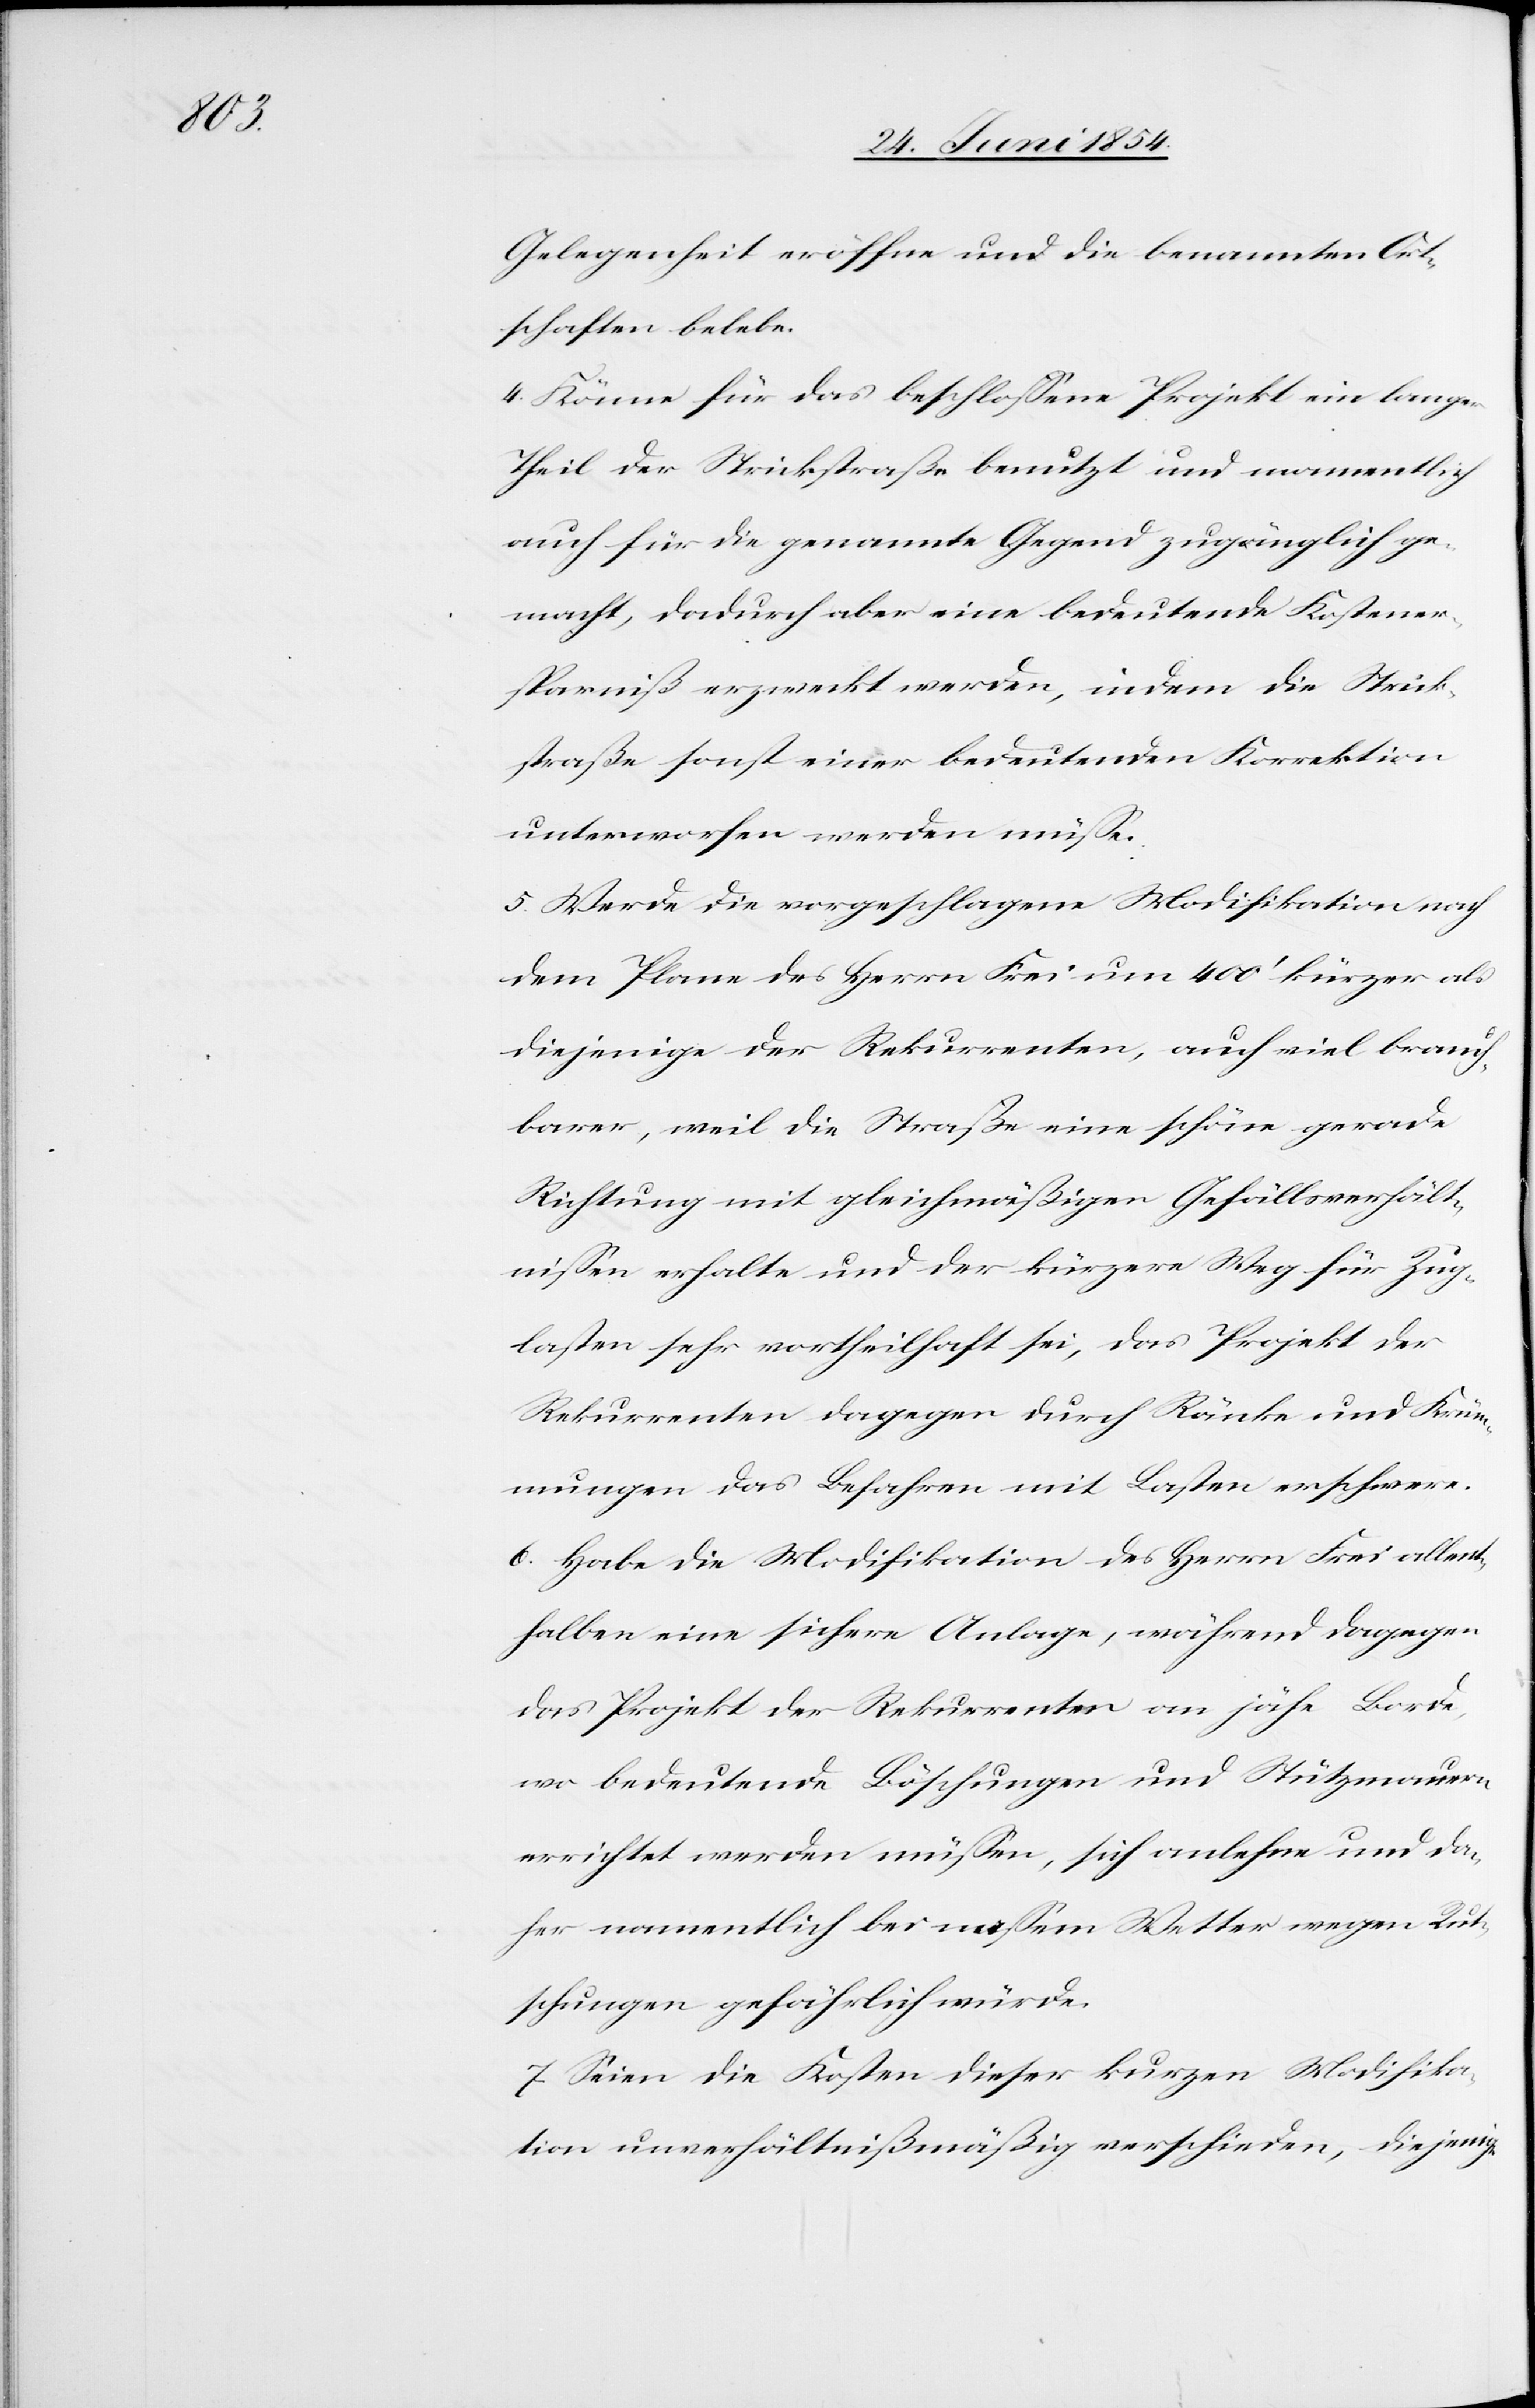
Gelegenheit eröffne und die benamten Ort¬
schaften belebe.
4. Könne für das beschloßene Projekt ein langer
Theil der Strickstraße benutzt und namentlich
auch für die genannte Gegend zugänglich ge¬
macht, dadurch aber eine bedeutende Kostener¬
sparniß erzweckt werden, indem die Strick¬
straße sonst einer bedeutenden Korrektion
unterworfen werden müße.
5. Werde die vorgeschlagene Modifikation nach
dem Plane des Herrn Frei um 400‘ kürzer als
diejenige der Rekurrenten, auch viel brauch¬
barer, weil die Straße eine schöne gerade
Richtung mit gleichmäßigen Gefällsverhält¬
niße erhalten und der kürzere Weg für Zug¬
lasten sehr vortheilhaft sei, das Projekt der
Rekurrenten dagegen durch Ränke und Krüm¬
mungen das Befahren mit Lasten erschwere.
6. Habe die Modifikation des Herrn Frei allent¬
halben eine sichere Anlage, während dagegen
das Projekt der Rekurrenten an jähe Borde,
wo bedeutende Böschungen und Stützmauern
errichtet werden müßen, sich anlehne und da¬
her namentlich bei mißem Wetter wegen Rut¬
schungen gefährlich würde.
7. Seien die Kosten dieser kurzen Modifika¬
tion unverhältnißmäßig verschieden, diejenige